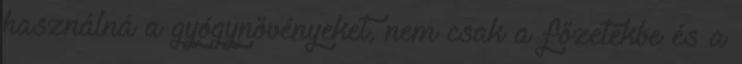
használná a gyógynövényeket, nem csak a főzetekbe és a